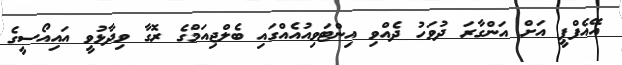
އޭއެފްޕީ އަށް އަންގާރަ ދުވަހު ދެއްވި އިންޓަވިއުއެއްގައި ބެލްޖިއަމްގެ ރޮގާ ވިދާޅުވީ އައިއޯސީގެ